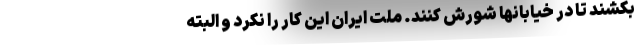
بکشند تا در خیابانها شورش کنند. ملت ایران این کار را نکرد و البته